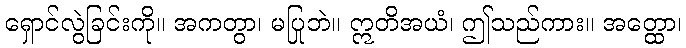
ရှောင်လွဲခြင်းကို။ အကတွာ၊ မပြုဘဲ။ ဣတိအယံ၊ ဤသည်ကား။ အတ္ထော၊